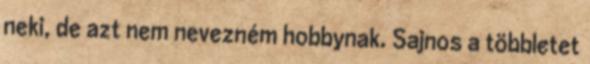
neki, de azt nem nevezném hobbynak. Sajnos a többletet